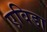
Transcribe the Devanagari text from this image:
एविडा